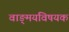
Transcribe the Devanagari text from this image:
वाङ्‌मयविषयक